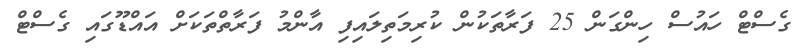
ގެސްޓް ހައުސް ހިންގަން 25 ފަރާތަކުން ކުރިމަތިލައިފި އާންމު ފަރާތްތަކަށް އައްޑޫގައި ގެސްޓް